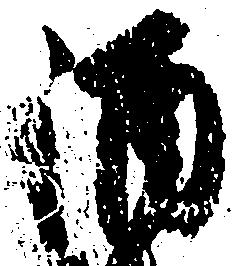
酒